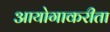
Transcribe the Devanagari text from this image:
आयोगाकरीता